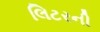
લિટરની